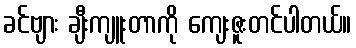
ခင်ဗျား ချီးကျူးတာကို ကျေးဇူးတင်ပါတယ်။